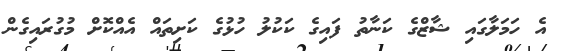
އެ ހަމަލާގައި ޝާޒްގެ ކަނާތު ފައިގެ ކަކުލު ހުޅުގެ ކަށިތައް އެއްކޮށް މުގުރައިގެން